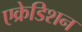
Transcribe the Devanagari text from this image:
एक्रेडिशन